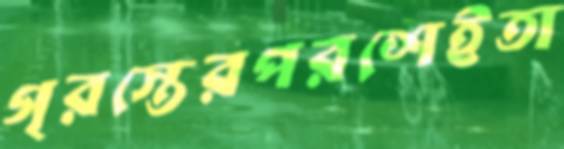
গৃরস্তেরপরশেইতা